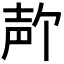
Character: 𪤲